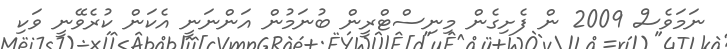
ނަމަވެސް 2009 ން ފެށިގެން މިނިސްޓްރީން ބުނަމުން އަންނަނީ އެކަން ކުރެވޭނީ ވަކި